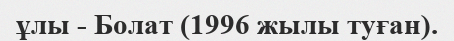
ұлы - Болат (1996 жылы туған).